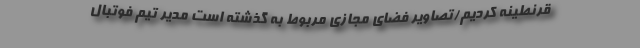
قرنطینه کردیم/تصاویر فضای مجازی مربوط به گذشته است مدیر تیم فوتبال